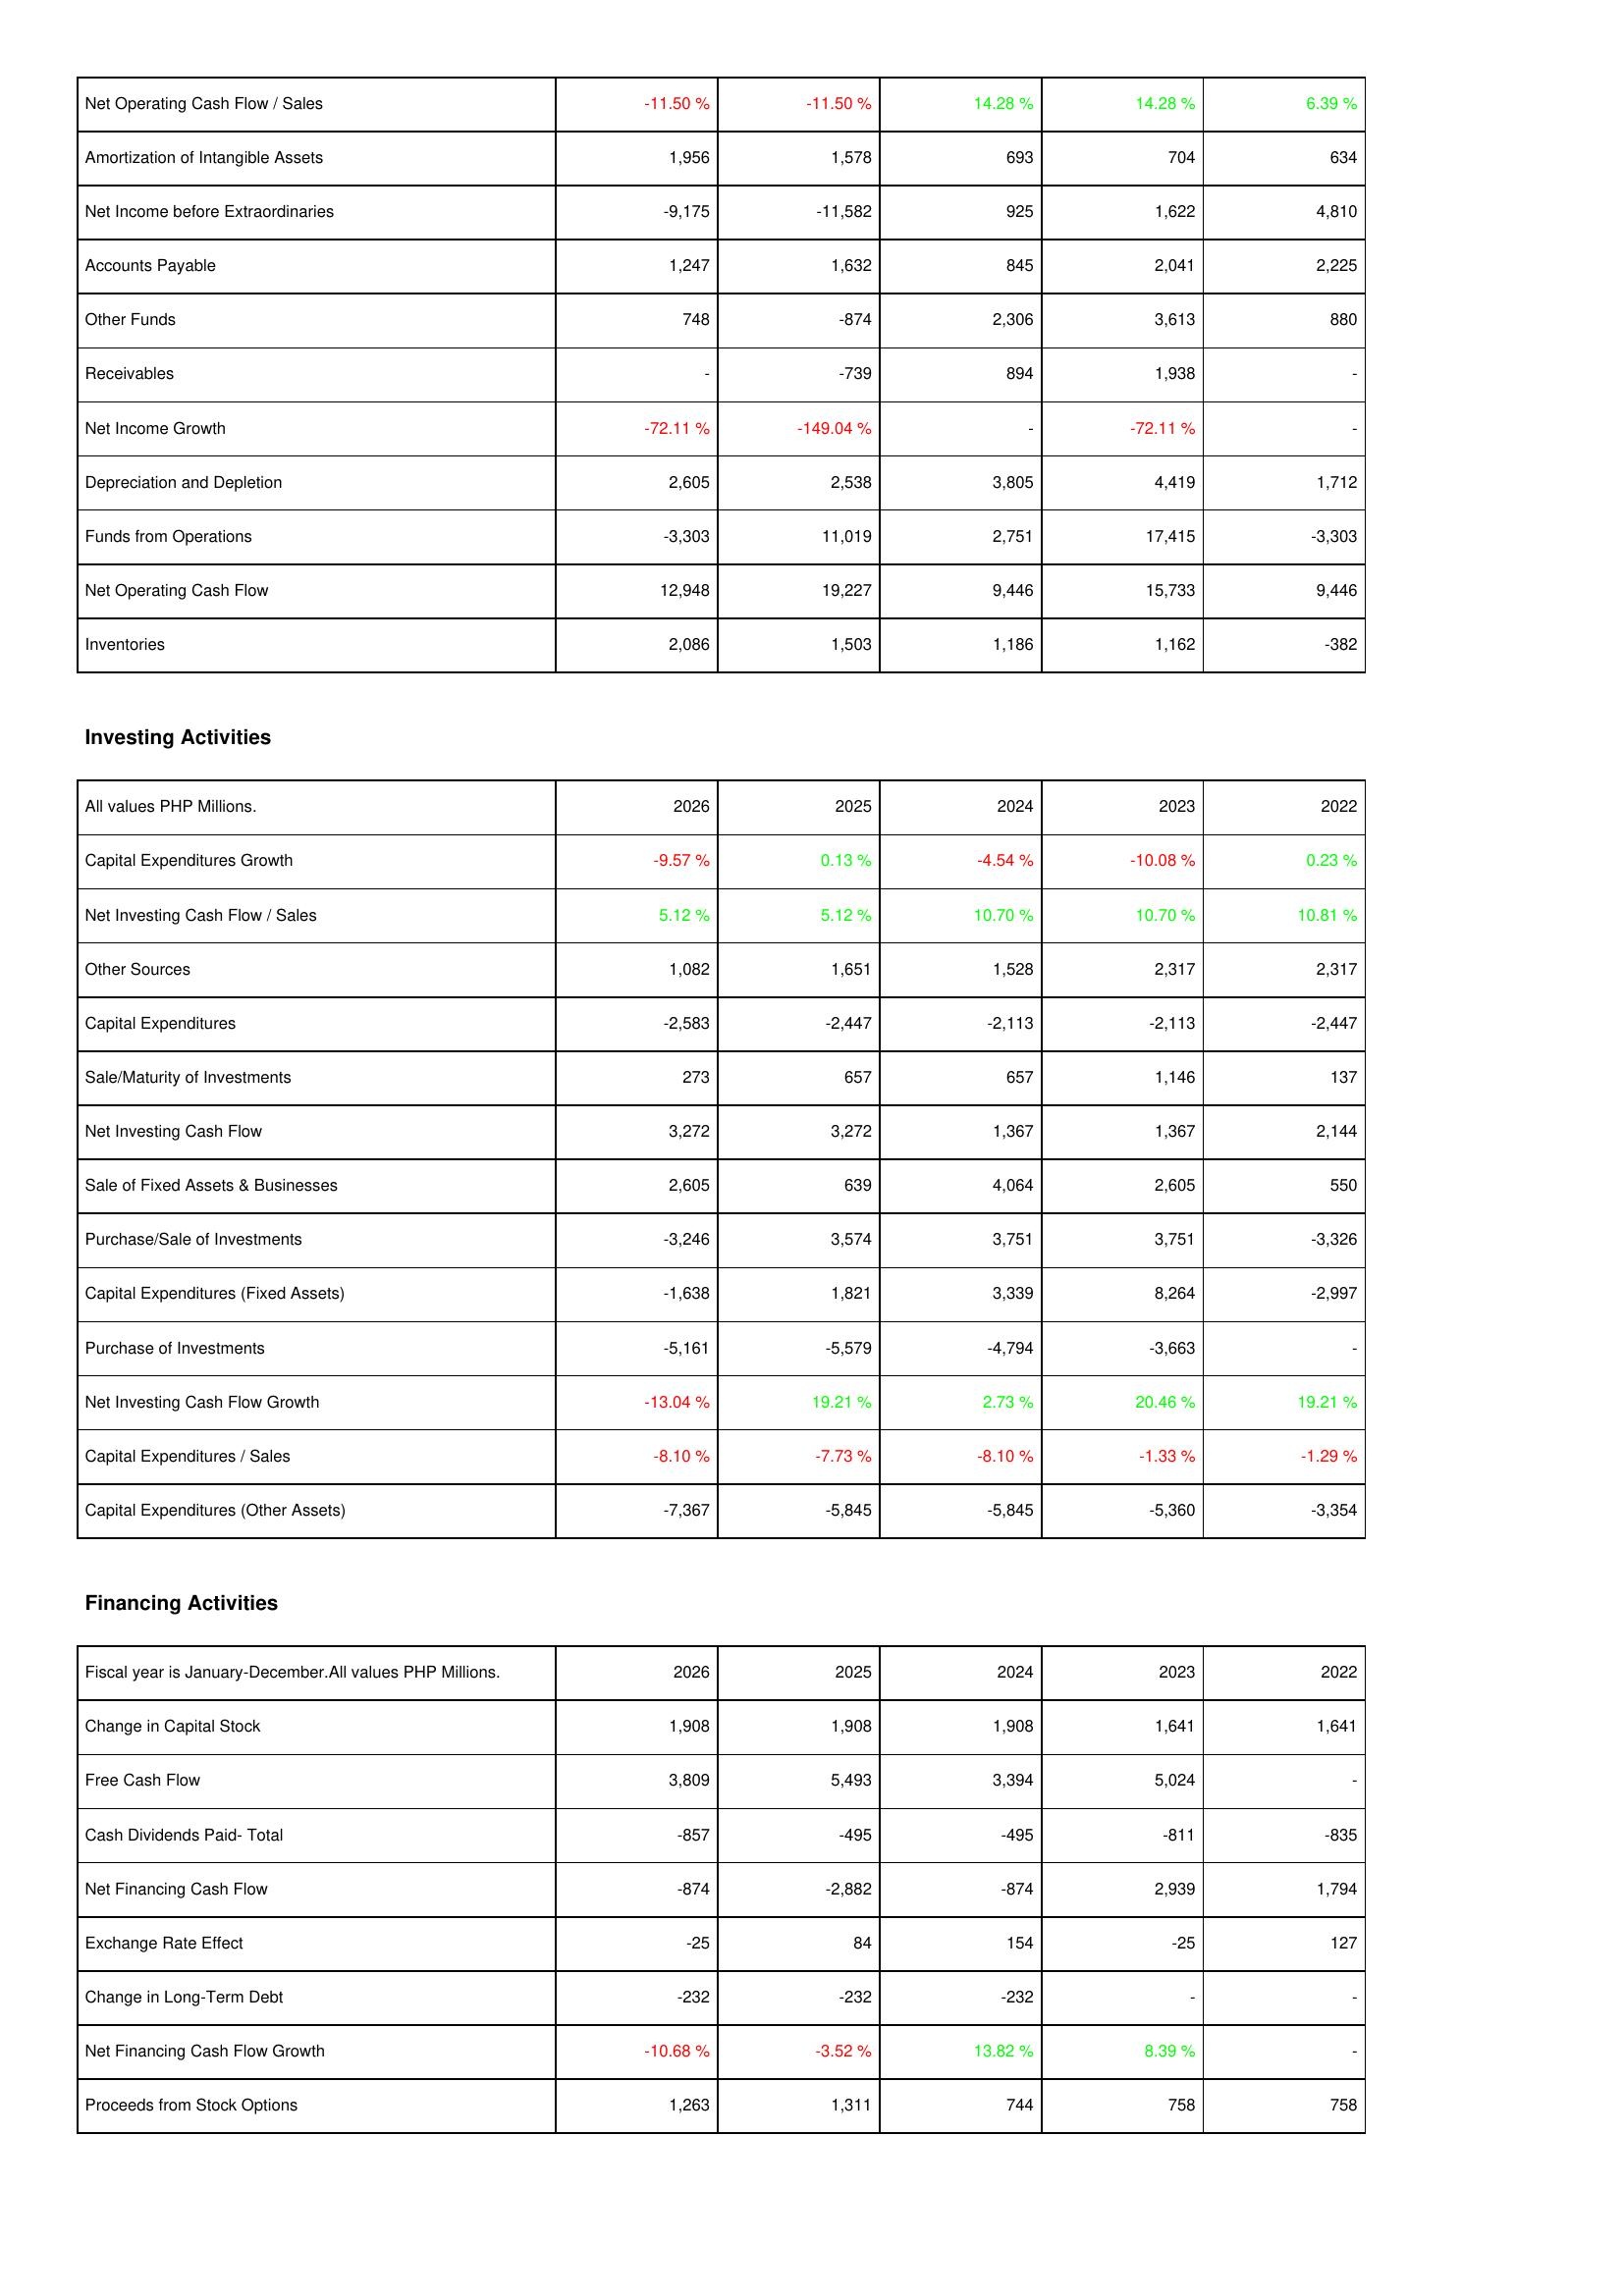
2026: Operating Activities: Net Operating Cash Flow / Sales: -11.50 %
Amortization of Intangible Assets: 1,956
Net Income before Extraordinaries: -9,175
Accounts Payable: 1,247
Other Funds: 748
Receivables: -
Net Income Growth: -72.11 %
Depreciation and Depletion: 2,605
Funds from Operations: -3,303
Net Operating Cash Flow: 12,948
Inventories: 2,086
Investing Activities: Capital Expenditures Growth: -9.57 %
Net Investing Cash Flow / Sales: 5.12 %
Other Sources: 1,082
Capital Expenditures: -2,583
Sale/Maturity of Investments: 273
Net Investing Cash Flow: 3,272
Sale of Fixed Assets & Businesses: 2,605
Purchase/Sale of Investments: -3,246
Capital Expenditures (Fixed Assets): -1,638
Purchase of Investments: -5,161
Net Investing Cash Flow Growth: -13.04 %
Capital Expenditures / Sales: -8.10 %
Capital Expenditures (Other Assets): -7,367
Financing Activities: Change in Capital Stock: 1,908
Free Cash Flow: 3,809
Cash Dividends Paid- Total: -857
Net Financing Cash Flow: -874
Exchange Rate Effect: -25
Change in Long-Term Debt: -232
Net Financing Cash Flow Growth: -10.68 %
Proceeds from Stock Options: 1,263
2025: Operating Activities: Net Operating Cash Flow / Sales: -11.50 %
Amortization of Intangible Assets: 1,578
Net Income before Extraordinaries: -11,582
Accounts Payable: 1,632
Other Funds: -874
Receivables: -739
Net Income Growth: -149.04 %
Depreciation and Depletion: 2,538
Funds from Operations: 11,019
Net Operating Cash Flow: 19,227
Inventories: 1,503
Investing Activities: Capital Expenditures Growth: 0.13 %
Net Investing Cash Flow / Sales: 5.12 %
Other Sources: 1,651
Capital Expenditures: -2,447
Sale/Maturity of Investments: 657
Net Investing Cash Flow: 3,272
Sale of Fixed Assets & Businesses: 639
Purchase/Sale of Investments: 3,574
Capital Expenditures (Fixed Assets): 1,821
Purchase of Investments: -5,579
Net Investing Cash Flow Growth: 19.21 %
Capital Expenditures / Sales: -7.73 %
Capital Expenditures (Other Assets): -5,845
Financing Activities: Change in Capital Stock: 1,908
Free Cash Flow: 5,493
Cash Dividends Paid- Total: -495
Net Financing Cash Flow: -2,882
Exchange Rate Effect: 84
Change in Long-Term Debt: -232
Net Financing Cash Flow Growth: -3.52 %
Proceeds from Stock Options: 1,311
2024: Operating Activities: Net Operating Cash Flow / Sales: 14.28 %
Amortization of Intangible Assets: 693
Net Income before Extraordinaries: 925
Accounts Payable: 845
Other Funds: 2,306
Receivables: 894
Net Income Growth: -
Depreciation and Depletion: 3,805
Funds from Operations: 2,751
Net Operating Cash Flow: 9,446
Inventories: 1,186
Investing Activities: Capital Expenditures Growth: -4.54 %
Net Investing Cash Flow / Sales: 10.70 %
Other Sources: 1,528
Capital Expenditures: -2,113
Sale/Maturity of Investments: 657
Net Investing Cash Flow: 1,367
Sale of Fixed Assets & Businesses: 4,064
Purchase/Sale of Investments: 3,751
Capital Expenditures (Fixed Assets): 3,339
Purchase of Investments: -4,794
Net Investing Cash Flow Growth: 2.73 %
Capital Expenditures / Sales: -8.10 %
Capital Expenditures (Other Assets): -5,845
Financing Activities: Change in Capital Stock: 1,908
Free Cash Flow: 3,394
Cash Dividends Paid- Total: -495
Net Financing Cash Flow: -874
Exchange Rate Effect: 154
Change in Long-Term Debt: -232
Net Financing Cash Flow Growth: 13.82 %
Proceeds from Stock Options: 744
2023: Operating Activities: Net Operating Cash Flow / Sales: 14.28 %
Amortization of Intangible Assets: 704
Net Income before Extraordinaries: 1,622
Accounts Payable: 2,041
Other Funds: 3,613
Receivables: 1,938
Net Income Growth: -72.11 %
Depreciation and Depletion: 4,419
Funds from Operations: 17,415
Net Operating Cash Flow: 15,733
Inventories: 1,162
Investing Activities: Capital Expenditures Growth: -10.08 %
Net Investing Cash Flow / Sales: 10.70 %
Other Sources: 2,317
Capital Expenditures: -2,113
Sale/Maturity of Investments: 1,146
Net Investing Cash Flow: 1,367
Sale of Fixed Assets & Businesses: 2,605
Purchase/Sale of Investments: 3,751
Capital Expenditures (Fixed Assets): 8,264
Purchase of Investments: -3,663
Net Investing Cash Flow Growth: 20.46 %
Capital Expenditures / Sales: -1.33 %
Capital Expenditures (Other Assets): -5,360
Financing Activities: Change in Capital Stock: 1,641
Free Cash Flow: 5,024
Cash Dividends Paid- Total: -811
Net Financing Cash Flow: 2,939
Exchange Rate Effect: -25
Change in Long-Term Debt: -
Net Financing Cash Flow Growth: 8.39 %
Proceeds from Stock Options: 758
2022: Operating Activities: Net Operating Cash Flow / Sales: 6.39 %
Amortization of Intangible Assets: 634
Net Income before Extraordinaries: 4,810
Accounts Payable: 2,225
Other Funds: 880
Receivables: -
Net Income Growth: -
Depreciation and Depletion: 1,712
Funds from Operations: -3,303
Net Operating Cash Flow: 9,446
Inventories: -382
Investing Activities: Capital Expenditures Growth: 0.23 %
Net Investing Cash Flow / Sales: 10.81 %
Other Sources: 2,317
Capital Expenditures: -2,447
Sale/Maturity of Investments: 137
Net Investing Cash Flow: 2,144
Sale of Fixed Assets & Businesses: 550
Purchase/Sale of Investments: -3,326
Capital Expenditures (Fixed Assets): -2,997
Purchase of Investments: -
Net Investing Cash Flow Growth: 19.21 %
Capital Expenditures / Sales: -1.29 %
Capital Expenditures (Other Assets): -3,354
Financing Activities: Change in Capital Stock: 1,641
Free Cash Flow: -
Cash Dividends Paid- Total: -835
Net Financing Cash Flow: 1,794
Exchange Rate Effect: 127
Change in Long-Term Debt: -
Net Financing Cash Flow Growth: -
Proceeds from Stock Options: 758